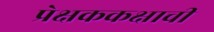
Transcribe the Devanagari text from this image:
प्रेक्षककक्षाची